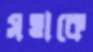
সত্তাকে